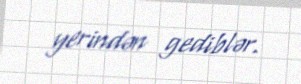
yerindən gediblər.